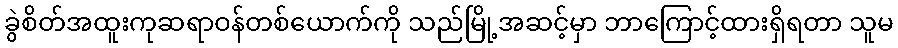
ခွဲစိတ်အထူးကုဆရာဝန်တစ်ယောက်ကို သည်မြို့အဆင့်မှာ ဘာကြောင့်ထားရှိရတာ သူမ